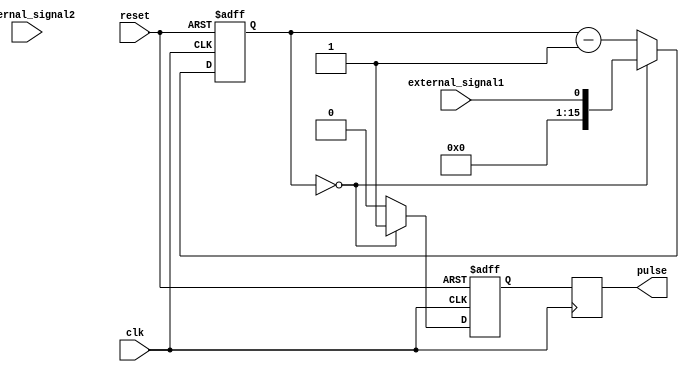
module Asynchronous_Pulse_Generator(
    input clk,
    input reset,
    input external_signal1,
    input external_signal2,
    output reg pulse
);

reg [15:0] counter;
reg pulse_out;

always @(posedge clk or posedge reset) begin
    if (reset) begin
        counter <= 16'd0;
        pulse_out <= 1'b0;
    end else begin
        if (counter == 16'd0) begin
            pulse_out <= 1'b1;
            counter <= external_signal1;
        end else begin
            pulse_out <= 1'b0;
            counter <= counter - 1;
        end
    end
end

always @(posedge clk) begin
    pulse <= pulse_out;
end

endmodule